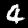
Label: 4